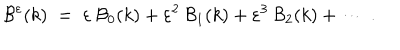
{ \cal { B } } ^ { \varepsilon } ( k ) \; = \; \varepsilon \: { \cal { B } } _ { 0 } ( k ) + \varepsilon ^ { 2 } \: { \cal { B } } _ { 1 } ( k ) + \varepsilon ^ { 3 } \: { \cal { B } } _ { 2 } ( k ) + \cdots \; .